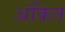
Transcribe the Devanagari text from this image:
अंकित